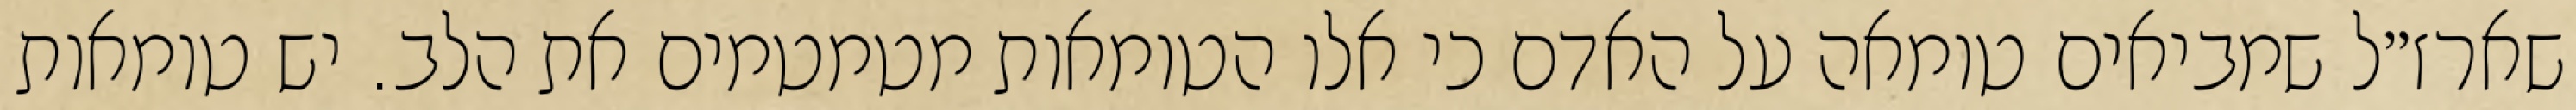
שארז״ל שמביאים טומאה על האדם כי אלו הטומאות מטמטמים את הלב. יש טומאות